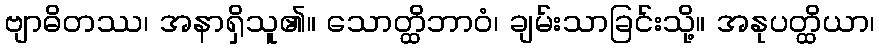
ဗျာဓိတဿ၊ အနာရှိသူ၏။ သောတ္ထိဘာဝံ၊ ချမ်းသာခြင်းသို့။ အနုပတ္ထိယာ၊